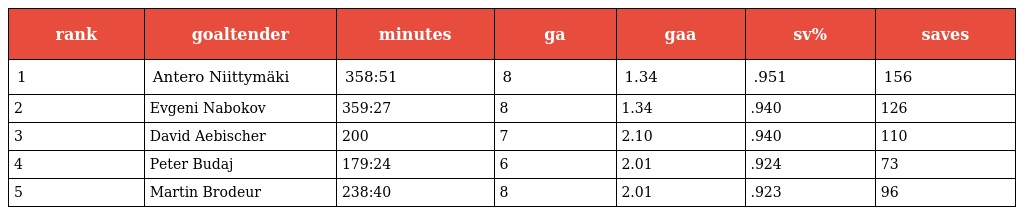
| rank | goaltender | minutes | ga | gaa | sv% | saves |
 | --- | --- | --- | --- | --- | --- | --- |
 | 1 | Antero Niittymäki | 358:51 | 8 | 1.34 | .951 | 156 |
 | 2 | Evgeni Nabokov | 359:27 | 8 | 1.34 | .940 | 126 |
 | 3 | David Aebischer | 200 | 7 | 2.10 | .940 | 110 |
 | 4 | Peter Budaj | 179:24 | 6 | 2.01 | .924 | 73 |
 | 5 | Martin Brodeur | 238:40 | 8 | 2.01 | .923 | 96 |